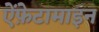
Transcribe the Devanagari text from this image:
ऐंफ़ेटामाइन